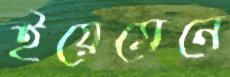
ইয়েমেনে